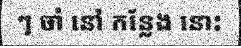
ៗ ចាំ នៅ កន្លែង នោះ